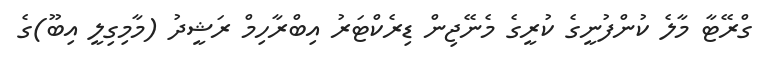
ގްރޭޓާ މާލެ ކުންފުނީގެ ކުރީގެ މެނޭޖިން ޑިރެކްޓަރު އިބްރާހިމް ރަޝީދު (މާމިގިލީ އިބޫ)ގެ